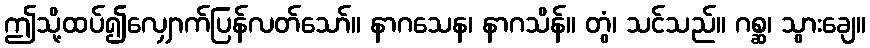
ဤသို့ထပ်၍လျှောက်ပြန်လတ်သော်။ နာဂသေန၊ နာဂသိန်။ တွံ၊ သင်သည်။ ဂစ္ဆ၊ သွားချေ။